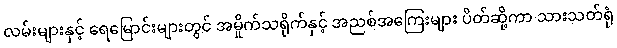
လမ်းများနှင့် ရေမြောင်းများတွင် အမှိုက်သရိုက်နှင့် အညစ်အကြေးများ ပိတ်ဆို့ကာ သားသတ်ရုံ